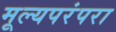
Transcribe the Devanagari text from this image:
मूल्यपरंपरा